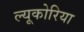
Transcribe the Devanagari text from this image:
ल्यूकोरिया